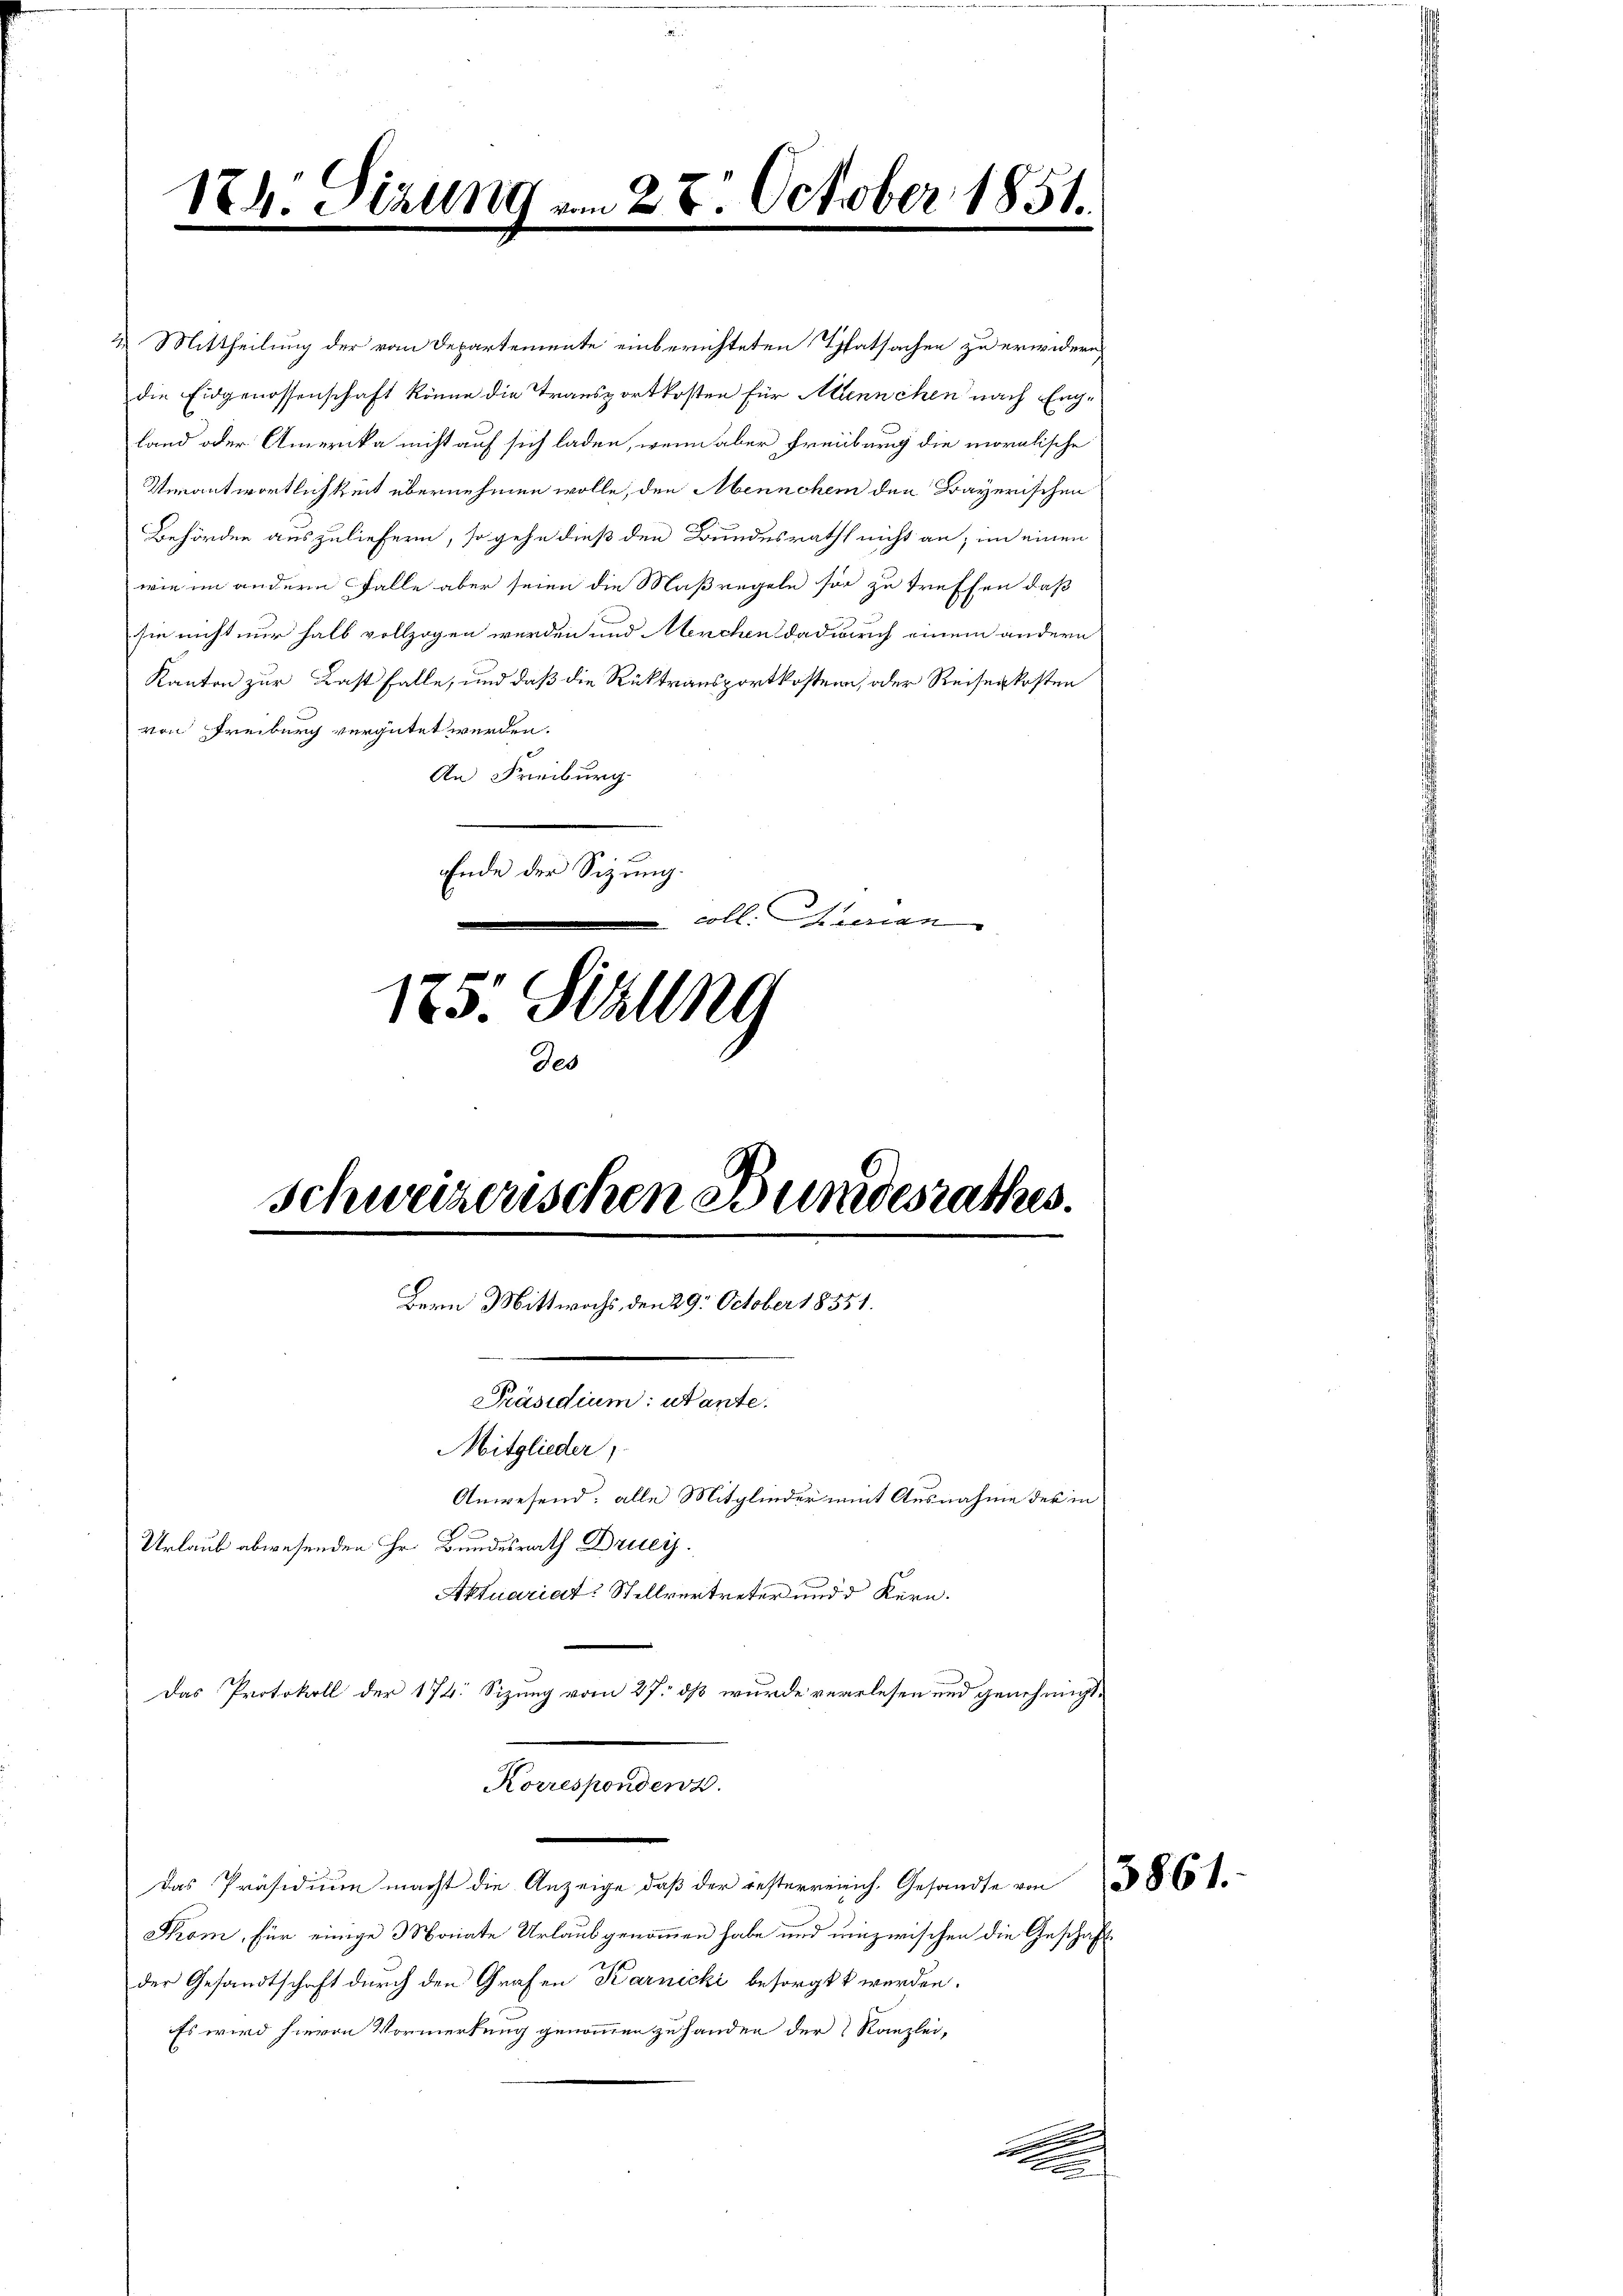
174. Sizung vom 27. October 1851.
u
.
.

2 Mittheilung der vom Departemente einberichteten Thatsachen zu erwidern
die Eidgenossenschaft könne die Transportkosten für Annchen nach England oder Amerika nicht auf sich laden, wenn aber Freiburg die moralische
Uirantwortlichkeit übernehmen wolle, den Mennchem den Bayerischen
Behörden auszuliefern, so gehe dieß den Bundesrath nicht an; im einen
wie im andern Falle aber seien die Maßregeln so zu treffen, daß
sie nicht nur halb vollzogen werden und Menchen dadurch einem andern
Kanton zur Last falle, und daß die Rüktransportkostenn, oder Reisenkosten
von Freiburg vergütet werden.
An Freiburg
Ende der Sizung.
coll. Freien
125. Sizung
De¬

Schweizerischen Bundesrathes.
Bern Mittwochs, den 29. October 18551.
Präsidium: utante.
Mitglieder,
Anwesend: alle Mitglieder mit Ausnahme der in
Urlaub abwesenden Hr. Bundesrath Drueyj.
Aktuariat: Stellvertreter und d Kern.

Das Protokoll der 174. Sizung vom 27. dß wurde verlesen und genehmigt.
Korrespondenz.
Das Präsidium macht die Anzeige, daβ der gesterreich. Gesandte von 86 f.
Som, für einige 3 Monate Urlaub genommen habe und unzwischen die Geschäftder Gesandtschaft durch den Grafen Karnicki besorgt werden.
Es wird hievon Vormerkung genommen zu handen der Kanzlei-
s

n